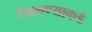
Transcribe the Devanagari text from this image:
उंचावण्याकडे